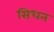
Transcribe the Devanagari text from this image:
सिधन